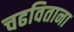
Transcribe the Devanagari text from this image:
चढविताना